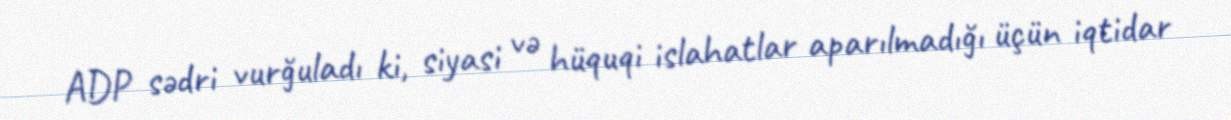
ADP sədri vurğuladı ki, siyasi və hüquqi islahatlar aparılmadığı üçün iqtidar